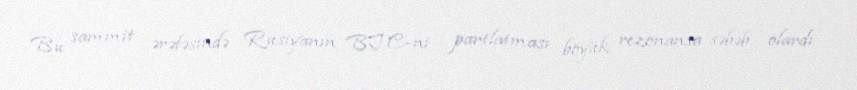
Bu sammit ərəfəsində Rusiyanın BTC-ni partlatması böyük rezonansa səbəb olardı